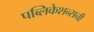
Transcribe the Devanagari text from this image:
पब्लिकेशन्सनी